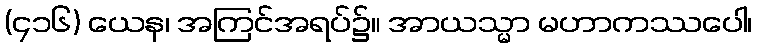
(၄၁၆) ယေန၊ အကြင်အရပ်၌။ အာယသ္မာ မဟာကဿပေါ၊